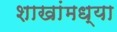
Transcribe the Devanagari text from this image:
शाखांमध्या